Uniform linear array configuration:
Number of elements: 32
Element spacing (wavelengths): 1
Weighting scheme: hann
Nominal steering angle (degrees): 60
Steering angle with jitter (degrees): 60.096
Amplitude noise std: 0.05
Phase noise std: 0.05

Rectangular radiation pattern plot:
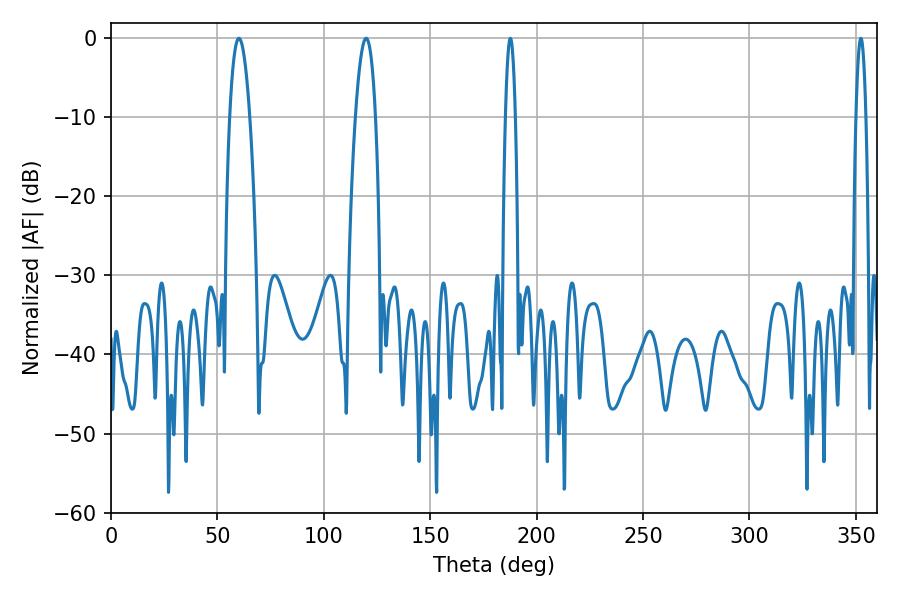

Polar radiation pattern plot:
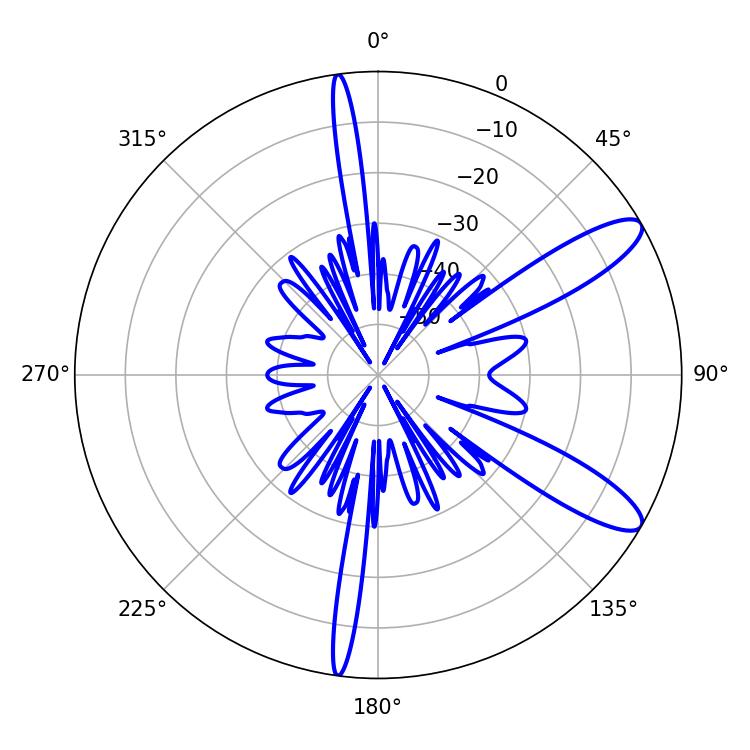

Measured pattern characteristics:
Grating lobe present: TRUE
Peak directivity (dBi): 11.033
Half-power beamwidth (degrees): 5.22
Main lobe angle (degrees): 60.12